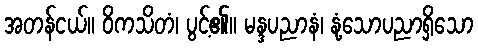
အတန်ငယ်။ ဝိကသိတံ၊ ပွင့်၏။ မန္ဒပညာနံ၊ နုံ့သောပညာရှိသော